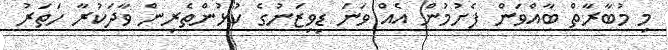
މި މުބާރާތް ބާއްވަން ފެށުމުން އެއް ވަނަ ޑިވިޒަނުގެ ކުޅުންތެރިން ވާދަކުރާ ހަތަރު